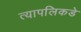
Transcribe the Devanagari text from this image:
त्यापलिकडे